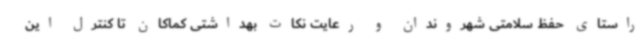
راستای حفظ سلامتی شهروندان و رعایت نکات بهداشتی کماکان تا کنترل این